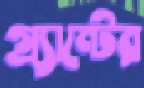
গ্র্যান্টের